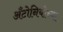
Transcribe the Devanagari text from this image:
अँटोनियोच्या